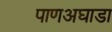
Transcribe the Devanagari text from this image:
पाणअघाडा